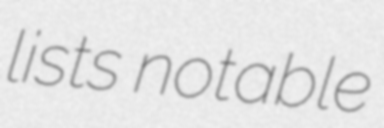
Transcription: lists notable